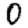
Digit: 0